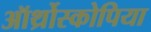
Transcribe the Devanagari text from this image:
ऑर्थ्रोस्कोपिया